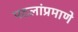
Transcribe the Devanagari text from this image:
पटलांप्रमाणे